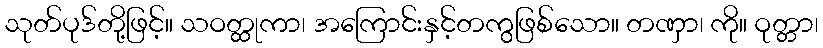
သုတ်ပုဒ်တို့ဖြင့်။ သဝတ္ထုကာ၊ အကြောင်းနှင့်တကွဖြစ်သော။ တဏှာ၊ ကို။ ဝုတ္တာ၊